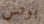
بوتس